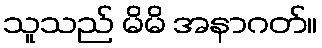
သူသည် မိမိ အနာဂတ်။